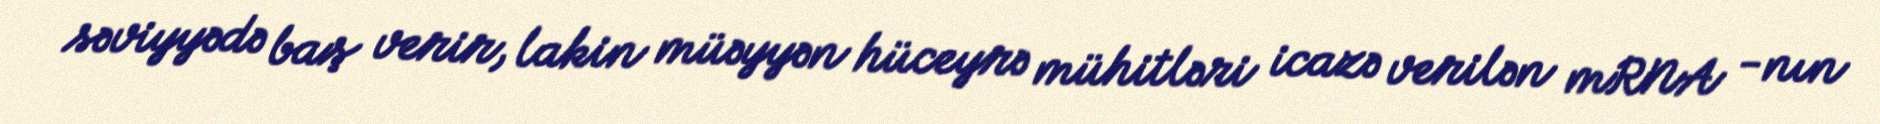
səviyyədə baş verir, lakin müəyyən hüceyrə mühitləri icazə verilən mRNA -nın